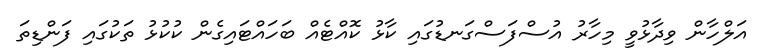
އަލްހާން ވިދާޅުވީ މިހާރު އުސްފަސްގަނޑުގައި ކާޅު ކޮއްޓެއް ބަހައްޓައިގެން ކުކުޅު ތަކުގައި ފަންޑިތަ